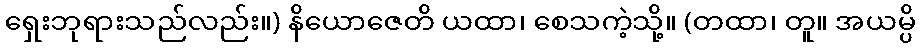
ရှေးဘုရားသည်လည်း။) နိယောဇေတိ ယထာ၊ စေသကဲ့သို့။ (တထာ၊ တူ။ အယမ္ပိ